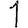
Digit: 1